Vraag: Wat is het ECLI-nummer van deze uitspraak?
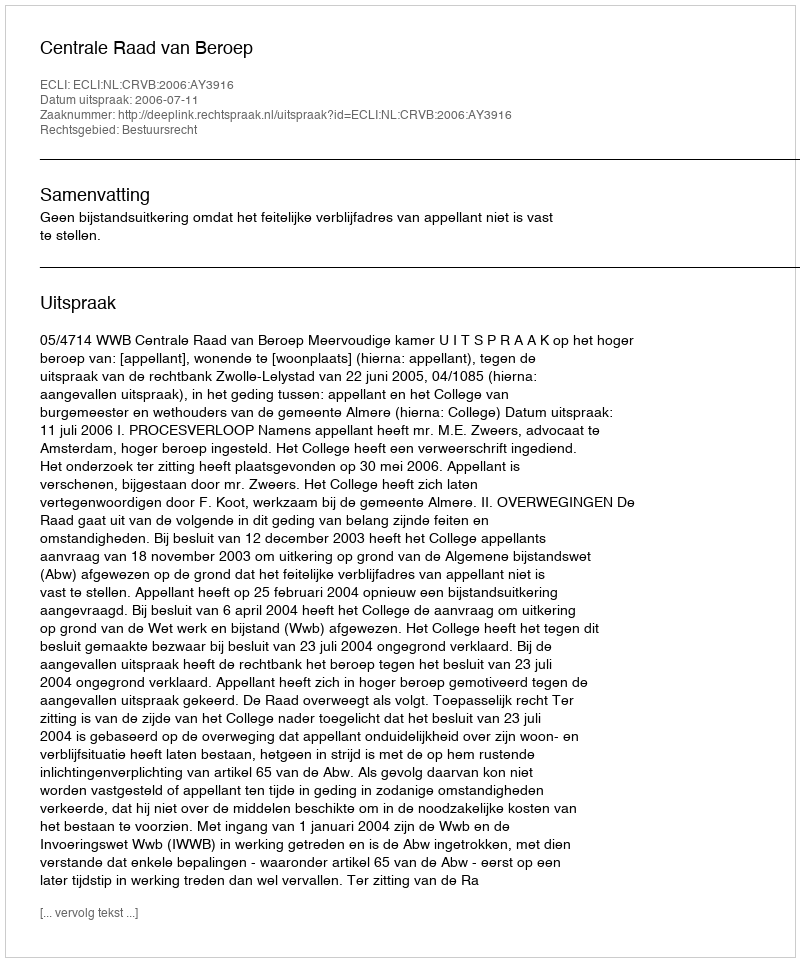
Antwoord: ECLI:NL:CRVB:2006:AY3916